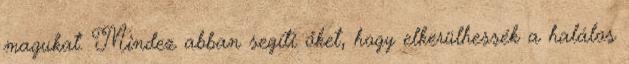
magukat. Mindez abban segíti őket, hogy elkerülhessék a halálos